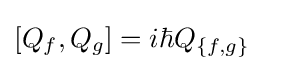
[Q_{f},Q_{g}]=i\hbar Q_{\{f,g\}}~~